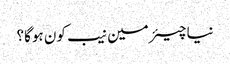
نیا چیئرمین نیب کون ہوگا؟